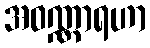
အဝဏ္ဏာရဟာ